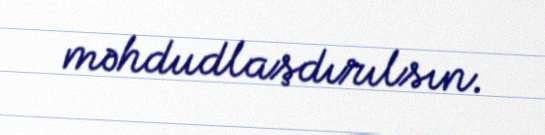
məhdudlaşdırılsın.